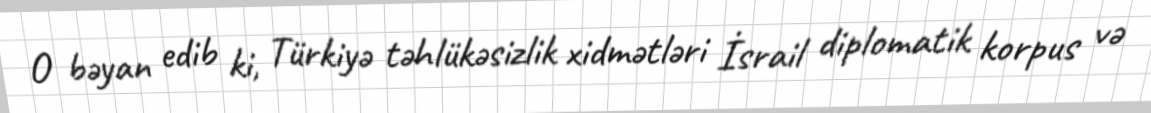
O bəyan edib ki, Türkiyə təhlükəsizlik xidmətləri İsrail diplomatik korpus və